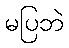
မပြဘဲ